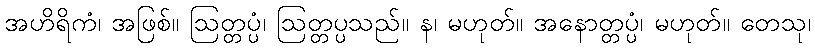
အဟိရိကံ၊ အဖြစ်။ ဩတ္တပ္ပံ၊ ဩတ္တပ္ပသည်။ န၊ မဟုတ်။ အနောတ္တပ္ပံ၊ မဟုတ်။ တေသု၊